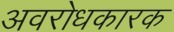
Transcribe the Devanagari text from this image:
अवरोधकारक